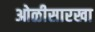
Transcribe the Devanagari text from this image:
ओळीसारखा